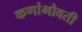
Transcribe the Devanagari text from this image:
कणांभोवती